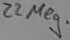
Text: 22 Meg.